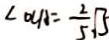
\angle O C A = \frac { 2 } { 5 } \sqrt { 5 }